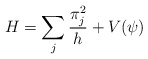
\begin{align*}H = \sum_{j}\frac{\pi_{j}^{2}}{h} + V(\psi)\end{align*}